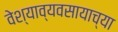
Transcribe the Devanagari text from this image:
वेश्याव्यवसायाच्या